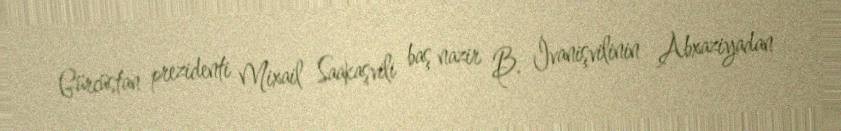
Gürcüstan prezidenti Mixail Saakaşvili baş nazir B. İvanişvilinin Abxaziyadan